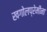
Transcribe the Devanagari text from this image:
खगोलप्रेमींना